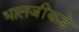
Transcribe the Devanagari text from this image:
भालजींकडे